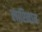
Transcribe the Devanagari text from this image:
लारिनाम